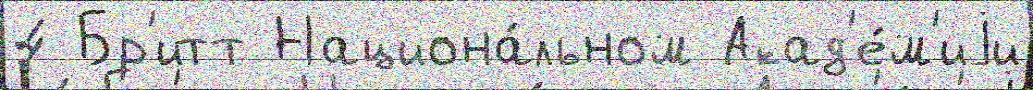
4 Бр'итт Национа́льном Акад'е́м'иjи